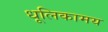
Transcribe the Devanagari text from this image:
धूलिकामय